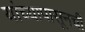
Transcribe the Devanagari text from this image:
यांच्यापासूनची